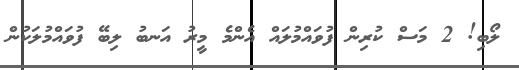
ލޯބި! 2 މަސް ކުރިން ފުވައްމުލައް އެންމެ މީރު އަނބު ލިބޭ ފުވައްމުލަކުން